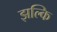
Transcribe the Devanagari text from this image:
झल्कि